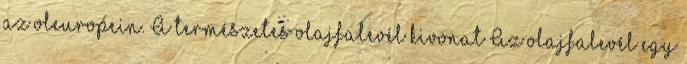
az oleuropein. A természetes olajfalevél kivonat Az olajfalevél egy